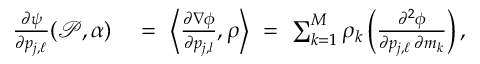
\begin{array} { r l } { \frac { \partial \psi } { \partial p _ { j , \ell } } ( \mathcal { P } , \alpha ) \ } & { = \ \left\langle \frac { \partial \nabla \phi } { \partial p _ { j , l } } , \boldsymbol { \rho } \right\rangle \ = \ \sum _ { k = 1 } ^ { M } \rho _ { k } \left( \frac { \partial ^ { 2 } \phi } { \partial p _ { j , \ell } \, \partial m _ { k } } \right) , } \end{array}